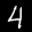
Label: 4